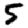
Digit: 5